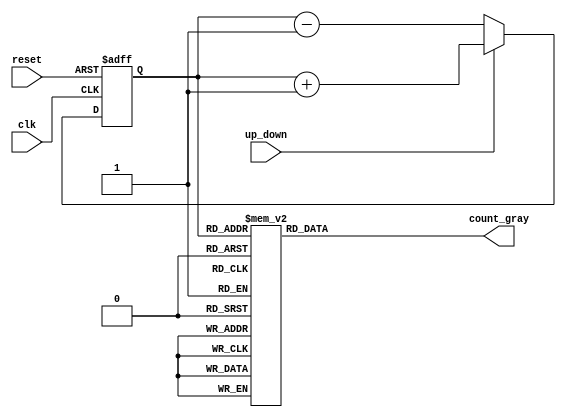
module up_down_gray_counter(

input wire clk,
input wire reset,
input wire up_down, 
output reg [3:0] count_gray
);

reg [3:0] count_temp;

always @(posedge clk or posedge reset)
begin
  if (reset)
    count_temp <= 4'b0000;
  else if(up_down)
    count_temp <= count_temp + 1;
  else
    count_temp <= count_temp - 1;
end

// Gray code conversion
always @*
begin
  case(count_temp)
    4'b0000 : count_gray = 4'b0000;
    4'b0001 : count_gray = 4'b0001;
    4'b0010 : count_gray = 4'b0011;
    4'b0011 : count_gray = 4'b0010;
    4'b0100 : count_gray = 4'b0110;
    4'b0101 : count_gray = 4'b0111;
    4'b0110 : count_gray = 4'b0101;
    4'b0111 : count_gray = 4'b0100;
    4'b1000 : count_gray = 4'b1100;
    4'b1001 : count_gray = 4'b1101;
    4'b1010 : count_gray = 4'b1111;
    4'b1011 : count_gray = 4'b1110;
    4'b1100 : count_gray = 4'b1010;
    4'b1101 : count_gray = 4'b1011;
    4'b1110 : count_gray = 4'b1001;
    4'b1111 : count_gray = 4'b1000;
  endcase
end

endmodule